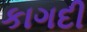
કાગદી